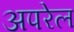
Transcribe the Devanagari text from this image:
अपरेल